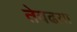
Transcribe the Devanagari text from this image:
तेवढय़ा